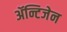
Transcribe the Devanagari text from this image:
ॲन्टिजेन